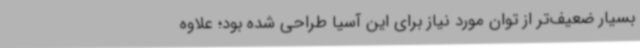
بسیار ضعیف‌تر از توان مورد نیاز برای این آسیا طراحی شده بود؛ علاوه